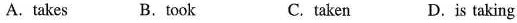
A. takes B.took C. taken D.is taking